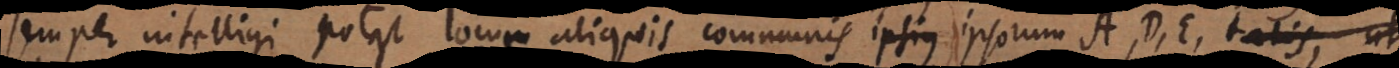
semper intelligi potest locus aliquis communis ipsorum A, D, E, talis, ut